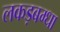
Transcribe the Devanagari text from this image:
लकड़बग्धा